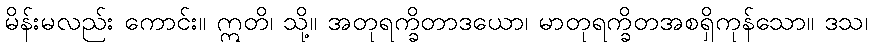
မိန်းမလည်း ကောင်း။ ဣတိ၊ သို့။ အတုရက္ခိတာဒယော၊ မာတုရက္ခိတအစရှိကုန်သော။ ဒသ၊